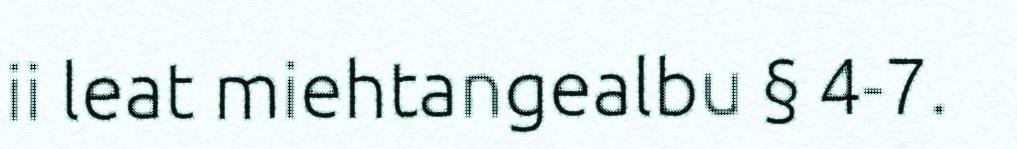
ii leat miehtangealbu § 4-7.